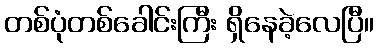
တစ်ပုံတစ်ခေါင်းကြီး ရှိနေခဲ့လေပြီ။